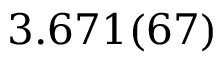
3 . 6 7 1 ( 6 7 )